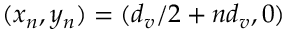
( x _ { n } , y _ { n } ) = ( d _ { v } / 2 + n d _ { v } , 0 )